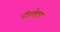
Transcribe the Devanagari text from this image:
पीरसेटम